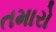
તમારો